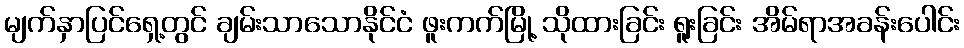
မျက်နှာပြင်ရှေ့တွင် ချမ်းသာသောနိုင်ငံ ဖူးကက်မြို့ သိုထားခြင်း ရူးခြင်း အိမ်ရာအခန်းပေါင်း